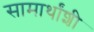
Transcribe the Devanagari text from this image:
सामार्थांशी